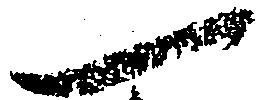
一